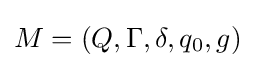
M=(Q,\Gamma ,\delta ,q_{0},g)